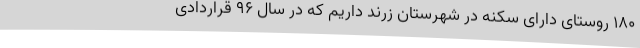
180 روستای دارای سکنه در شهرستان زرند داریم که در سال 96 قراردادی